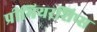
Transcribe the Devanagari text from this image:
प्रीमियरशिप्स